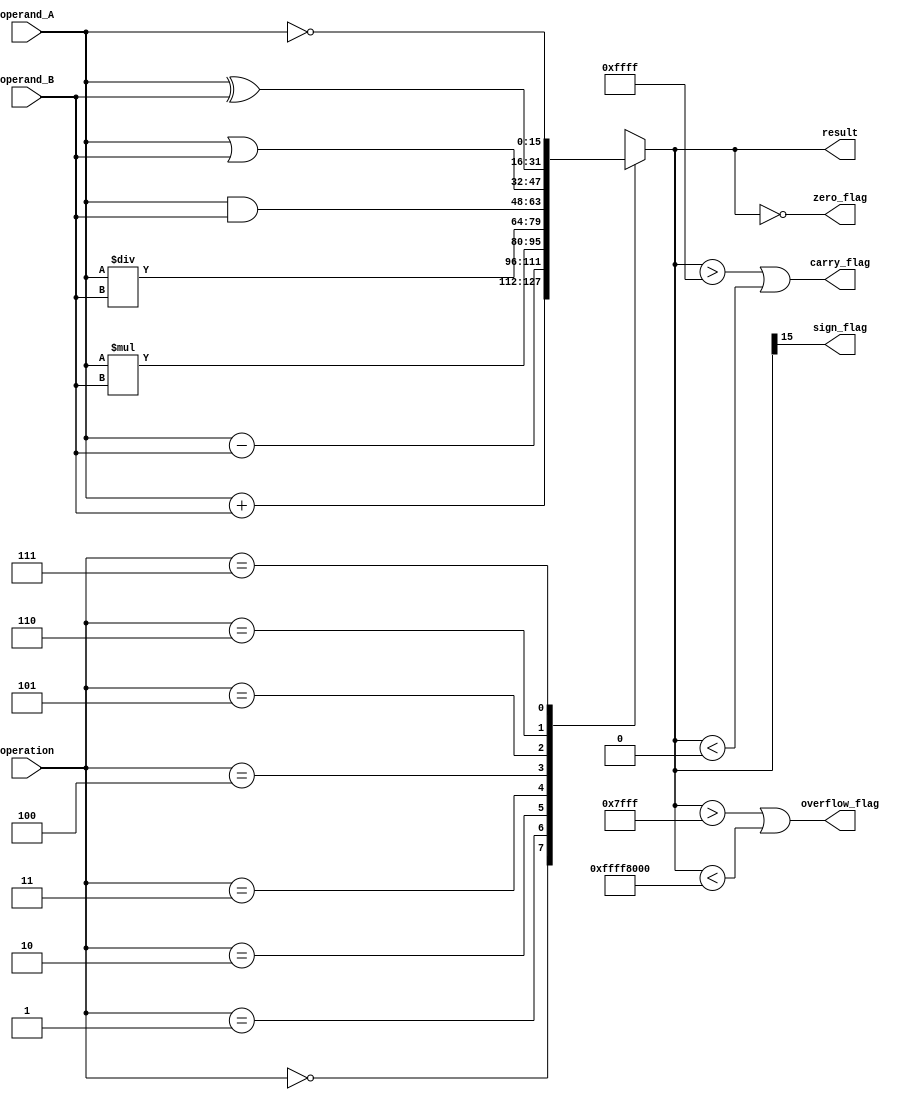
module ALU(
    input [15:0] operand_A,
    input [15:0] operand_B,
    input [2:0] operation,
    output reg [15:0] result,
    output reg zero_flag,
    output reg overflow_flag,
    output reg carry_flag,
    output reg sign_flag
);

reg [15:0] tmp_result;

always @(*)
begin
    case(operation)
        0: tmp_result = operand_A + operand_B; // Addition
        1: tmp_result = operand_A - operand_B; // Subtraction
        2: tmp_result = operand_A * operand_B; // Multiplication
        3: tmp_result = operand_A / operand_B; // Division
        4: tmp_result = operand_A & operand_B; // AND
        5: tmp_result = operand_A | operand_B; // OR
        6: tmp_result = operand_A ^ operand_B; // XOR
        7: tmp_result = ~operand_A; // NOT
        8: tmp_result = operand_A << operand_B; // Left Shift
        9: tmp_result = operand_A >>> operand_B; // Right Shift
        10: tmp_result = operand_A << operand_B; // Logical Shift
        11: tmp_result = operand_A >>> operand_B; // Arithmetic Shift
    endcase
end

assign result = tmp_result;
assign zero_flag = (result == 0);
assign overflow_flag = (result > 32767) || (result < -32768);
assign carry_flag = (result > 65535) || (result < 0);
assign sign_flag = (result[15]);

endmodule